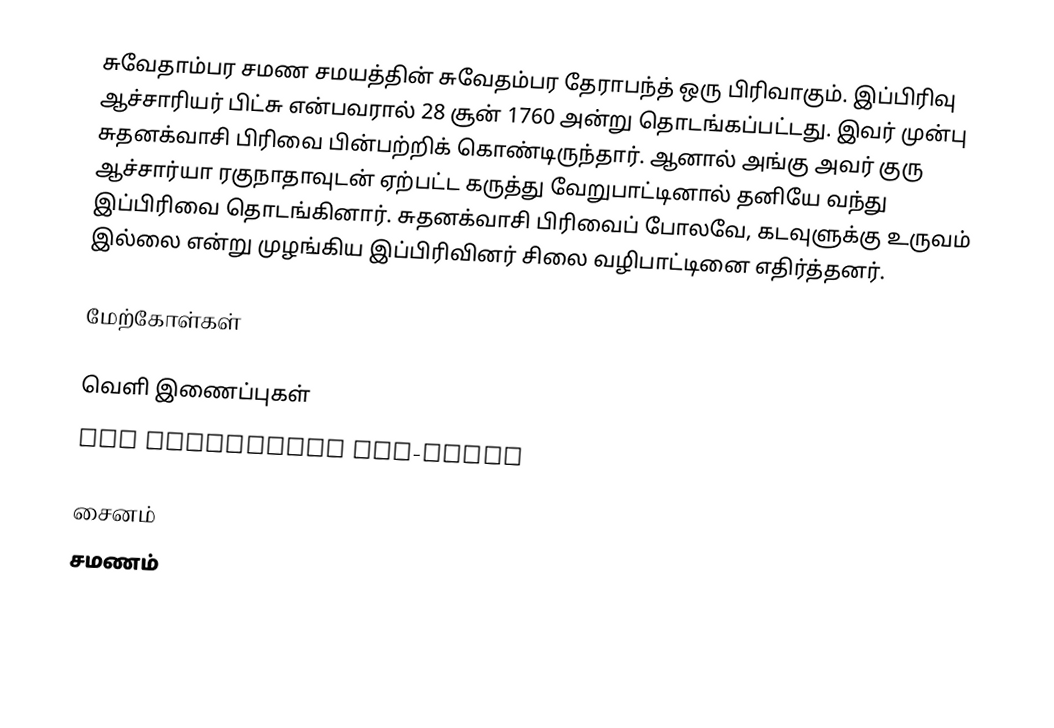
சுவேதாம்பர சமண சமயத்தின் சுவேதம்பர தேராபந்த் ஒரு பிரிவாகும். இப்பிரிவு ஆச்சாரியர் பிட்சு என்பவரால் 28 சூன் 1760 அன்று தொடங்கப்பட்டது. இவர் முன்பு  சுதனக்வாசி பிரிவை பின்பற்றிக் கொண்டிருந்தார். ஆனால் அங்கு அவர் குரு  ஆச்சார்யா ரகுநாதாவுடன் ஏற்பட்ட கருத்து வேறுபாட்டினால் தனியே வந்து இப்பிரிவை தொடங்கினார். சுதனக்வாசி பிரிவைப் போலவே, கடவுளுக்கு உருவம் இல்லை என்று முழங்கிய இப்பிரிவினர் சிலை வழிபாட்டினை எதிர்த்தனர்.

மேற்கோள்கள்

வெளி இணைப்புகள்
 THE SVETAMBARA SUB-SECTS

சைனம்
சமணம்